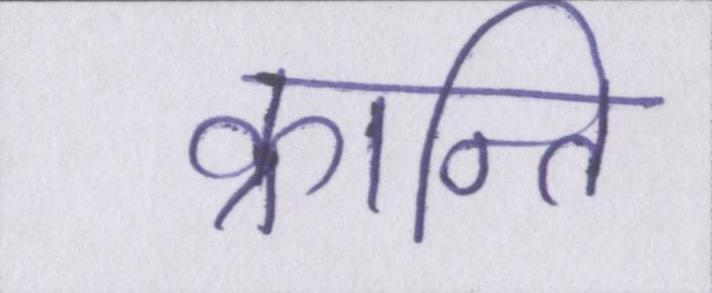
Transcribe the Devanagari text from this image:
क्रान्ति